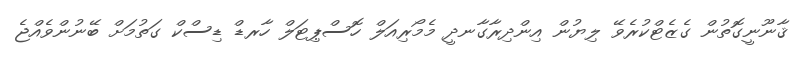
ޤާނޫނީގޮތުން ގެޒެޓްކުރެވޭ ލިޔުން އިންދިރާގާނދީ މެމޯރިއަލް ހޮސްޕިޓަލް ހާރޑް ޑިސްކް ގަތުމަށް ބޭނުންވެއްޖެ